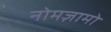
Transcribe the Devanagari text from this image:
नोमज़ामो